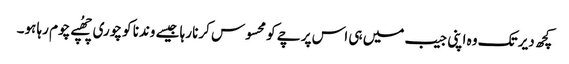
کچھ دیر تک وہ اپنی جیب میں ہی اس پرچے کو محسوس کرنا رہا جیسے وندنا کو چوری چھُپے چوم رہا ہو۔